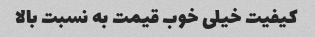
کیفیت خیلی خوب قیمت به نسبت بالا